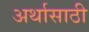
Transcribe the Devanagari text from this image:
अर्थासाठी